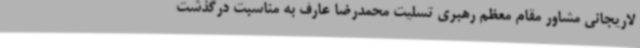
لاریجانی مشاور مقام معظم رهبری تسلیت محمدرضا عارف به مناسبت درگذشت